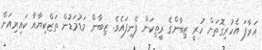
އަރާފަ އެހުރިގޮތަށް ހުރީ ޒިބާންގެ ރީތިކަން ފެނިފައެވެ. ޒިބާން މަޑުމަޑުން ތަޒްކިޔާއާ ކައިރިއަށް